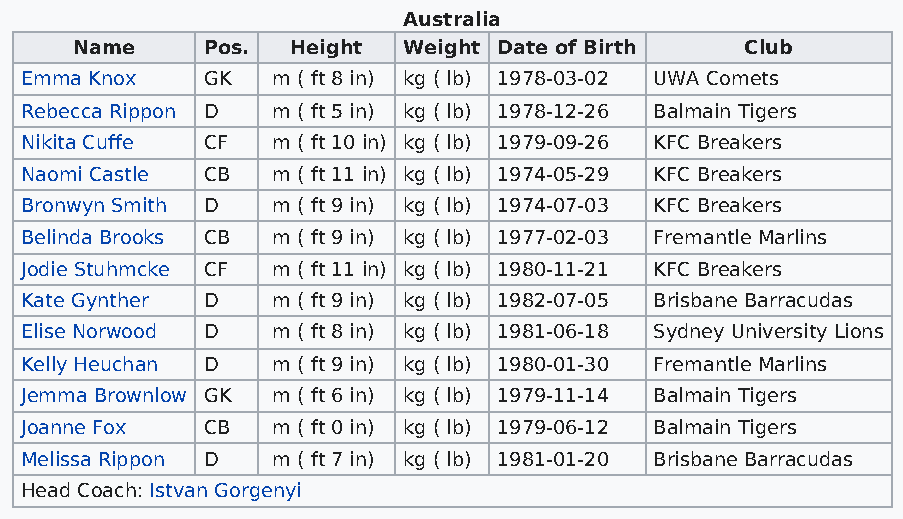
Australia
 Name    Pos.  Height  Weight Date of Birth  Club
 Emma Knox   GK   m ( ft 8 in) kg ( lb) 1978-03-02 UWA Comets
 Rebecca Rippon D m ( ft 5 in) kg ( lb) 1978-12-26 Balmain Tigers
 Nikita Cuffe CF  m ( ft 10 in) kg ( lb) 1979-09-26 KFC Breakers
 Naomi Castle CB  m ( ft 11 in) kg ( lb) 1974-05-29 KFC Breakers
 Bronwyn Smith D  m ( ft 9 in) kg ( lb) 1974-07-03 KFC Breakers
 Belinda Brooks CB m ( ft 9 in) kg ( lb) 1977-02-03 Fremantle Marlins
 Jodie Stuhmcke CF m ( ft 11 in) kg ( lb) 1980-11-21 KFC Breakers
 Kate Gynther D   m ( ft 9 in) kg ( lb) 1982-07-05 Brisbane Barracudas
 Elise Norwood D  m ( ft 8 in) kg ( lb) 1981-06-18 Sydney University Lions
 Kelly Heuchan D  m ( ft 9 in) kg ( lb) 1980-01-30 Fremantle Marlins
 Jemma Brownlow GK m ( ft 6 in) kg ( lb) 1979-11-14 Balmain Tigers
 Joanne Fox  CB   m ( ft 0 in) kg ( lb) 1979-06-12 Balmain Tigers
 Melissa Rippon D m ( ft 7 in) kg ( lb) 1981-01-20 Brisbane Barracudas
 Head Coach: Istvan Gorgenyi